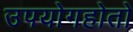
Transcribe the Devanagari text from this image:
उपयोगहोतो